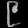
Digit: ၉